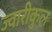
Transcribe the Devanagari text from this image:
ज्वारीकुल